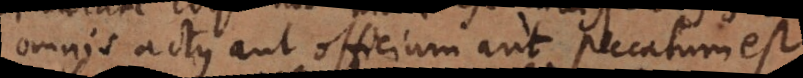
omnis actus aut officium aut peccatum est.